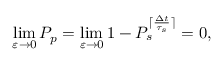
\operatorname* { l i m } _ { \varepsilon \to 0 } P _ { p } = \operatorname* { l i m } _ { \varepsilon \to 0 } 1 - P _ { s } ^ { \lceil \frac { \Delta t } { \tau _ { s } } \rceil } = 0 ,